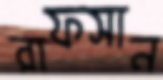
রাফসান